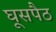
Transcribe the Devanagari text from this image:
घूसपैठ